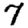
Digit: 7